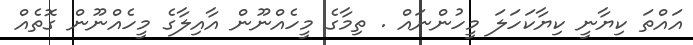
އައްތަ ކިޔާނީ ކިޔާކަހަލަ މީހުންނައް . ތިމާގެ މީހެއްނޫން އާއިލާގެ މީހެއްނޫން ގޮތެއް